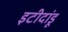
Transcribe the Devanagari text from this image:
इटीदांडू